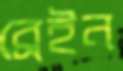
ব্রেইন